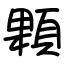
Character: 顆